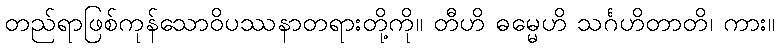
တည်ရာဖြစ်ကုန်သောဝိပဿနာတရားတို့ကို။ တီဟိ ဓမ္မေဟိ သင်္ဂဟိတာတိ၊ ကား။